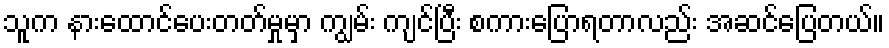
သူက နားထောင်ပေးတတ်မှုမှာ ကျွမ်း ကျင်ပြီး စကားပြောရတာလည်း အဆင်ပြေတယ်။